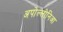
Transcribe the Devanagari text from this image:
अपोल्लोनिआ